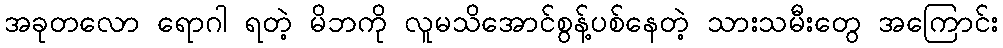
အခုတလော ရောဂါ ရတဲ့ မိဘကို လူမသိအောင်စွန့်ပစ်နေတဲ့ သားသမီးတွေ အကြောင်း